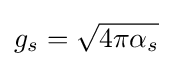
g_{s}={\sqrt {4\pi \alpha _{s}}}